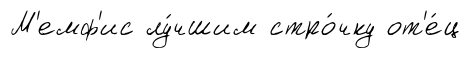
М'емф'ис лу́чшим стро́чку от'е́ц